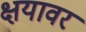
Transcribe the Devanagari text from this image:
क्षयावर